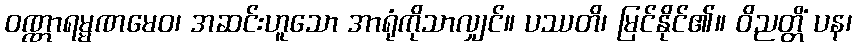
ဝဏ္ဏာရမ္မဏမေဝ၊ အဆင်းဟူသော အာရုံကိုသာလျှင်။ ပဿတိ၊ မြင်နိုင်၏။ ဝိညတ္တိံ ပန၊